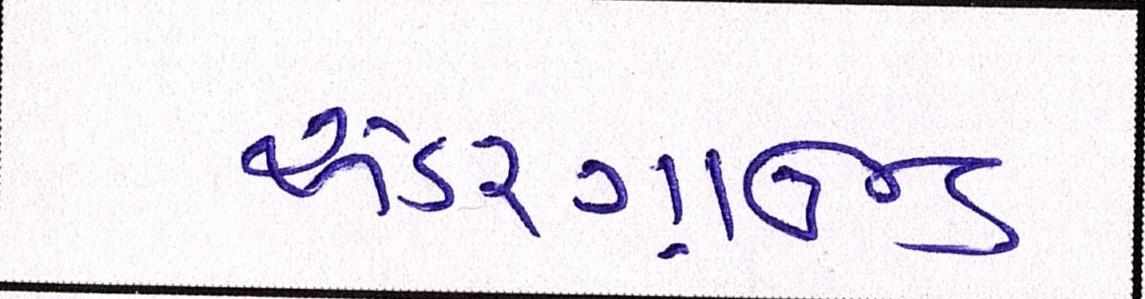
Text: અંડરગ્રાઉન્ડ